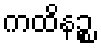
ကထိနဉ္စ